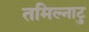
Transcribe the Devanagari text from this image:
तमिल्नाटु